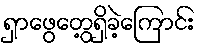
ရှာဖွေတွေ့ရှိခဲ့ကြောင်း